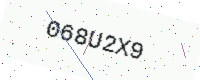
Text: 068U2X9